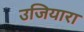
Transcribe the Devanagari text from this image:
उजियारा